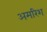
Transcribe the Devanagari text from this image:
अमरिश